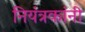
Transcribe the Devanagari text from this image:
नियंत्रकांनी